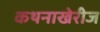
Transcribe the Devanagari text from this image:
कथनाखेरीज